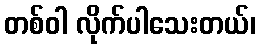
တစ်ဝါ လိုက်ပါသေးတယ်၊